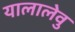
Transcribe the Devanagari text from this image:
यालालेवु